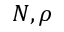
N , \rho